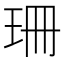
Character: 珊